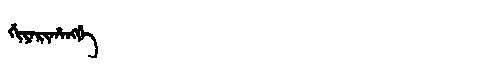
Manchu: ᡤᡳᠶᠠᡵᡳᡥᠠᠩᡤᡝ
Romanization: GIYARIHANGGE